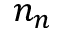
n _ { n }